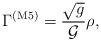
LaTeX: \begin{align*}\Gamma^{({\rm M5})} = \frac{\sqrt g}{{\cal G}} \rho,\end{align*}